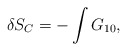
\begin{align*}\delta S_{C} = - \int G_{10},\end{align*}